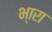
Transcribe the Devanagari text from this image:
भ्‍ारा